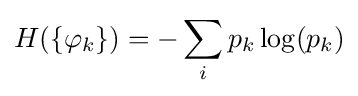
H(\{\varphi _{k}\})=-\sum _{i}p_{k}\log(p_{k})